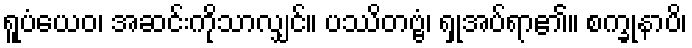
ရူပံယေဝ၊ အဆင်းကိုသာလျှင်။ ပဿိတဗ္ဗံ၊ ရှုအပ်ရာ၏။ စက္ခုနာပိ၊